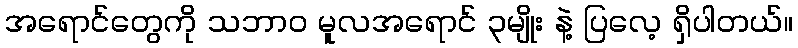
အရောင်တွေကို သဘာ၀ မူလအရောင် ၃မျိုး နဲ့ ပြလေ့ ရှိပါတယ်။